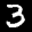
Label: 3